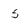
Character: 5